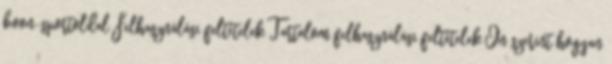
boon-sportoldal Felhasználási feltételek Tartalom felhasználási feltételek Ön szerint hogyan